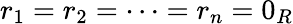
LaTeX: r_{1}=r_{2}=\cdots=r_{n}=0_{R}